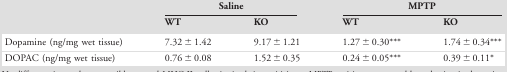
<table><thead><tr><td></td><td colspan="2"><b>Saline</b></td><td colspan="2"><b>MPTP</b></td></tr><tr><td></td><td><b>WT</b></td><td><b>KO</b></td><td><b>WT</b></td><td><b>KO</b></td></tr></thead><tbody><tr><td>Dopamine (ng/mg wet tissue)</td><td>7.32 ± 1.42</td><td>9.17 ± 1.21</td><td>1.27 ± 0.30***</td><td>1.74 ± 0.34***</td></tr><tr><td>DOPAC (ng/mg wet tissue)</td><td>0.76 ± 0.08</td><td>1.52 ± 0.35</td><td>0.24 ± 0.05***</td><td>0.39 ± 0.11*</td></tr></tbody></table>